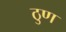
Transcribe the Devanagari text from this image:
ठुण